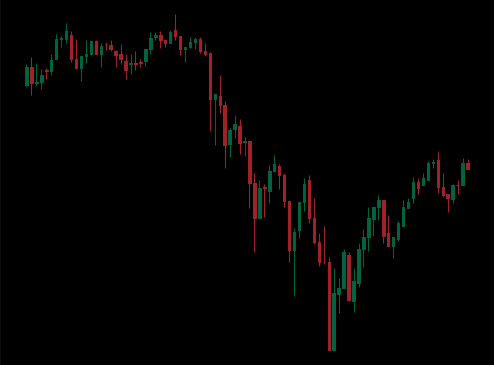
Pattern: unclassified